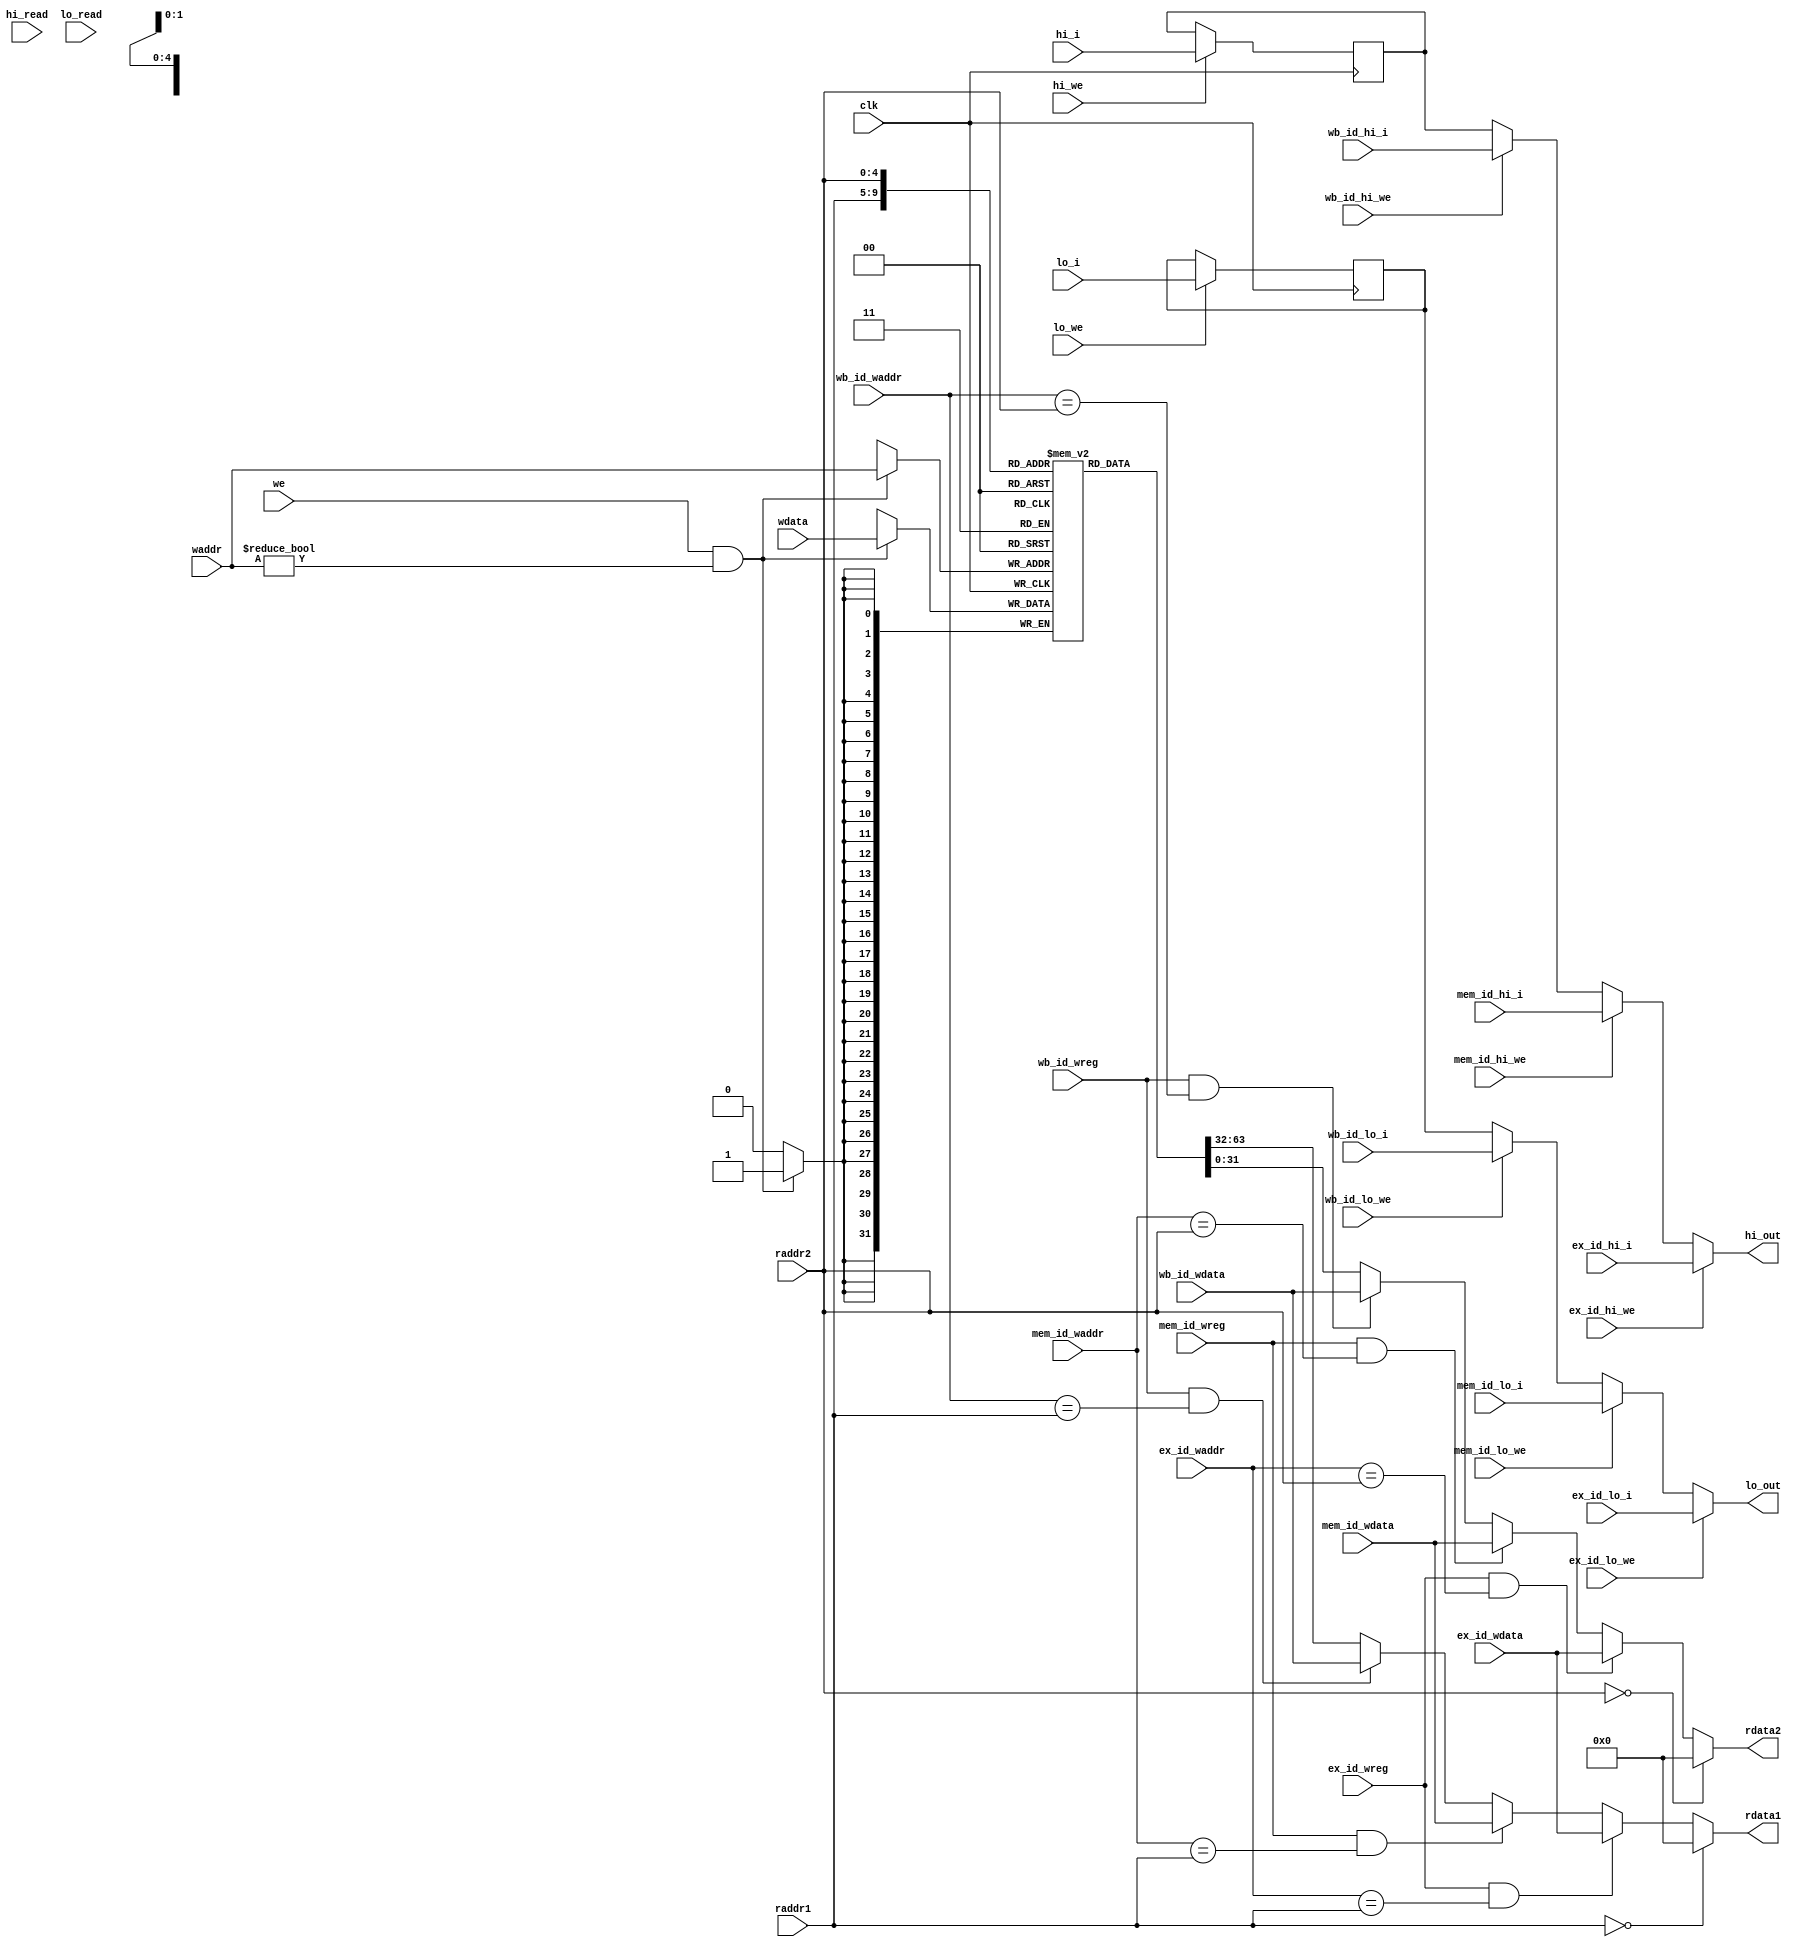
module regfile(
    input wire clk,
    input wire [4:0] raddr1,
    output wire [31:0] rdata1,
    input wire [4:0] raddr2,
    output wire [31:0] rdata2,
    
    input wire we,
    input wire [4:0] waddr,
    input wire [31:0] wdata,
    input wire ex_id_wreg,
    input wire [4:0] ex_id_waddr,
    input wire [31:0] ex_id_wdata,
    
    input wire mem_id_wreg,
    input wire [4:0] mem_id_waddr,
    input wire [31:0] mem_id_wdata,
    
    input wire wb_id_wreg,
    input wire [4:0] wb_id_waddr,
    input wire [31:0] wb_id_wdata,
    
    input wire ex_id_hi_we,           
    input wire ex_id_lo_we,           
    input wire [31:0] ex_id_hi_i,                
    input wire [31:0] ex_id_lo_i,
    input wire mem_id_hi_we,           
    input wire mem_id_lo_we,           
    input wire [31:0] mem_id_hi_i,                
    input wire [31:0] mem_id_lo_i,
    input wire wb_id_hi_we,           
    input wire wb_id_lo_we,           
    input wire [31:0] wb_id_hi_i,                
    input wire [31:0] wb_id_lo_i,
    
    input wire hi_we,
    input wire lo_we,
    input wire hi_read,
    input wire lo_read,
    input wire [31:0] hi_i,
    input wire [31:0] lo_i,
    output wire [31:0] hi_out,
    output wire [31:0] lo_out
);
    reg [31:0] reg_array [31:0];
    reg [31:0] reg_hi;
    reg [31:0] reg_lo;
    
    always @ (posedge clk) begin
        if (we && waddr!=5'b0) begin
            reg_array[waddr] <= wdata;
        end
    end
    
    always @ (posedge clk) begin
        if (hi_we) begin
            reg_hi <= hi_i;
        end  
        if(lo_we) begin
            reg_lo <= lo_i;
        end
    end

    assign rdata1 = (raddr1 == 5'b0) ? 32'b0 : 
                    ((ex_id_wreg==1'b1)&&(ex_id_waddr==raddr1))?ex_id_wdata:
                    ((mem_id_wreg==1'b1)&&(mem_id_waddr==raddr1))?mem_id_wdata:
                    ((wb_id_wreg==1'b1)&&(wb_id_waddr==raddr1))?wb_id_wdata:reg_array[raddr1];

    assign rdata2 = (raddr2 == 5'b0) ? 32'b0 : 
                    ((ex_id_wreg==1'b1)&&(ex_id_waddr==raddr2))?ex_id_wdata:
                    ((mem_id_wreg==1'b1)&&(mem_id_waddr==raddr2))?mem_id_wdata:
                    ((wb_id_wreg==1'b1)&&(wb_id_waddr==raddr2))?wb_id_wdata:reg_array[raddr2];
     
    assign hi_out = (ex_id_hi_we) ? ex_id_hi_i:
                    (mem_id_hi_we)? mem_id_hi_i:
                    (wb_id_hi_we) ? wb_id_hi_i:
                    reg_hi; 
                    
    assign lo_out = (ex_id_lo_we) ? ex_id_lo_i:
                    (mem_id_lo_we)? mem_id_lo_i:
                    (wb_id_lo_we) ? wb_id_lo_i:
                    reg_lo; 
                    
    assign out = (hi_read)?hi_out:
                 (lo_read)?lo_out:
                 32'b0;
endmodule